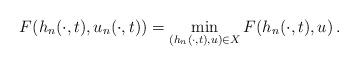
LaTeX: \begin{align*}F(h_n(\cdot, t),u_n(\cdot, t))=\min_{(h_n(\cdot, t), u)\in X}F(h_n(\cdot, t),u)\,.\end{align*}